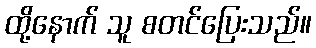
ထို့နောက် သူ စတင်ပြေးသည်။